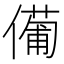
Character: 𠏆